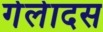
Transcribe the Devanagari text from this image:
गेलेादस